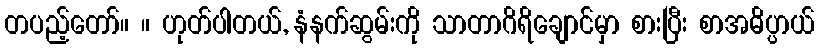
တပည့်တော်။ ။ ဟုတ်ပါတယ်, နံနက်ဆွမ်းကို သာတာဂိရိချောင်မှာ စားပြီး စာအဓိပ္ပာယ်